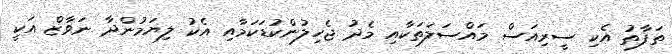
ތަފާތު އެކި ސީރިއަސް މައްސަލަތަކާއި މެދު ޖެހިލުންކުޑަކަމާއި އެކު ލިޔަމުންދާ ނަވާޒް އަކީ